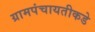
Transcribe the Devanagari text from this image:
ग्रामपंचायतीकडे